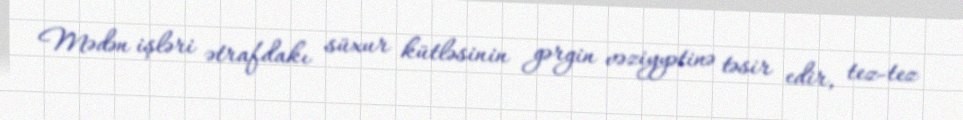
Mədən işləri ətrafdakı süxur kütləsinin gərgin vəziyyətinə təsir edir, tez-tez